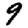
Digit: 9